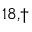
^ { 1 8 , \dagger }